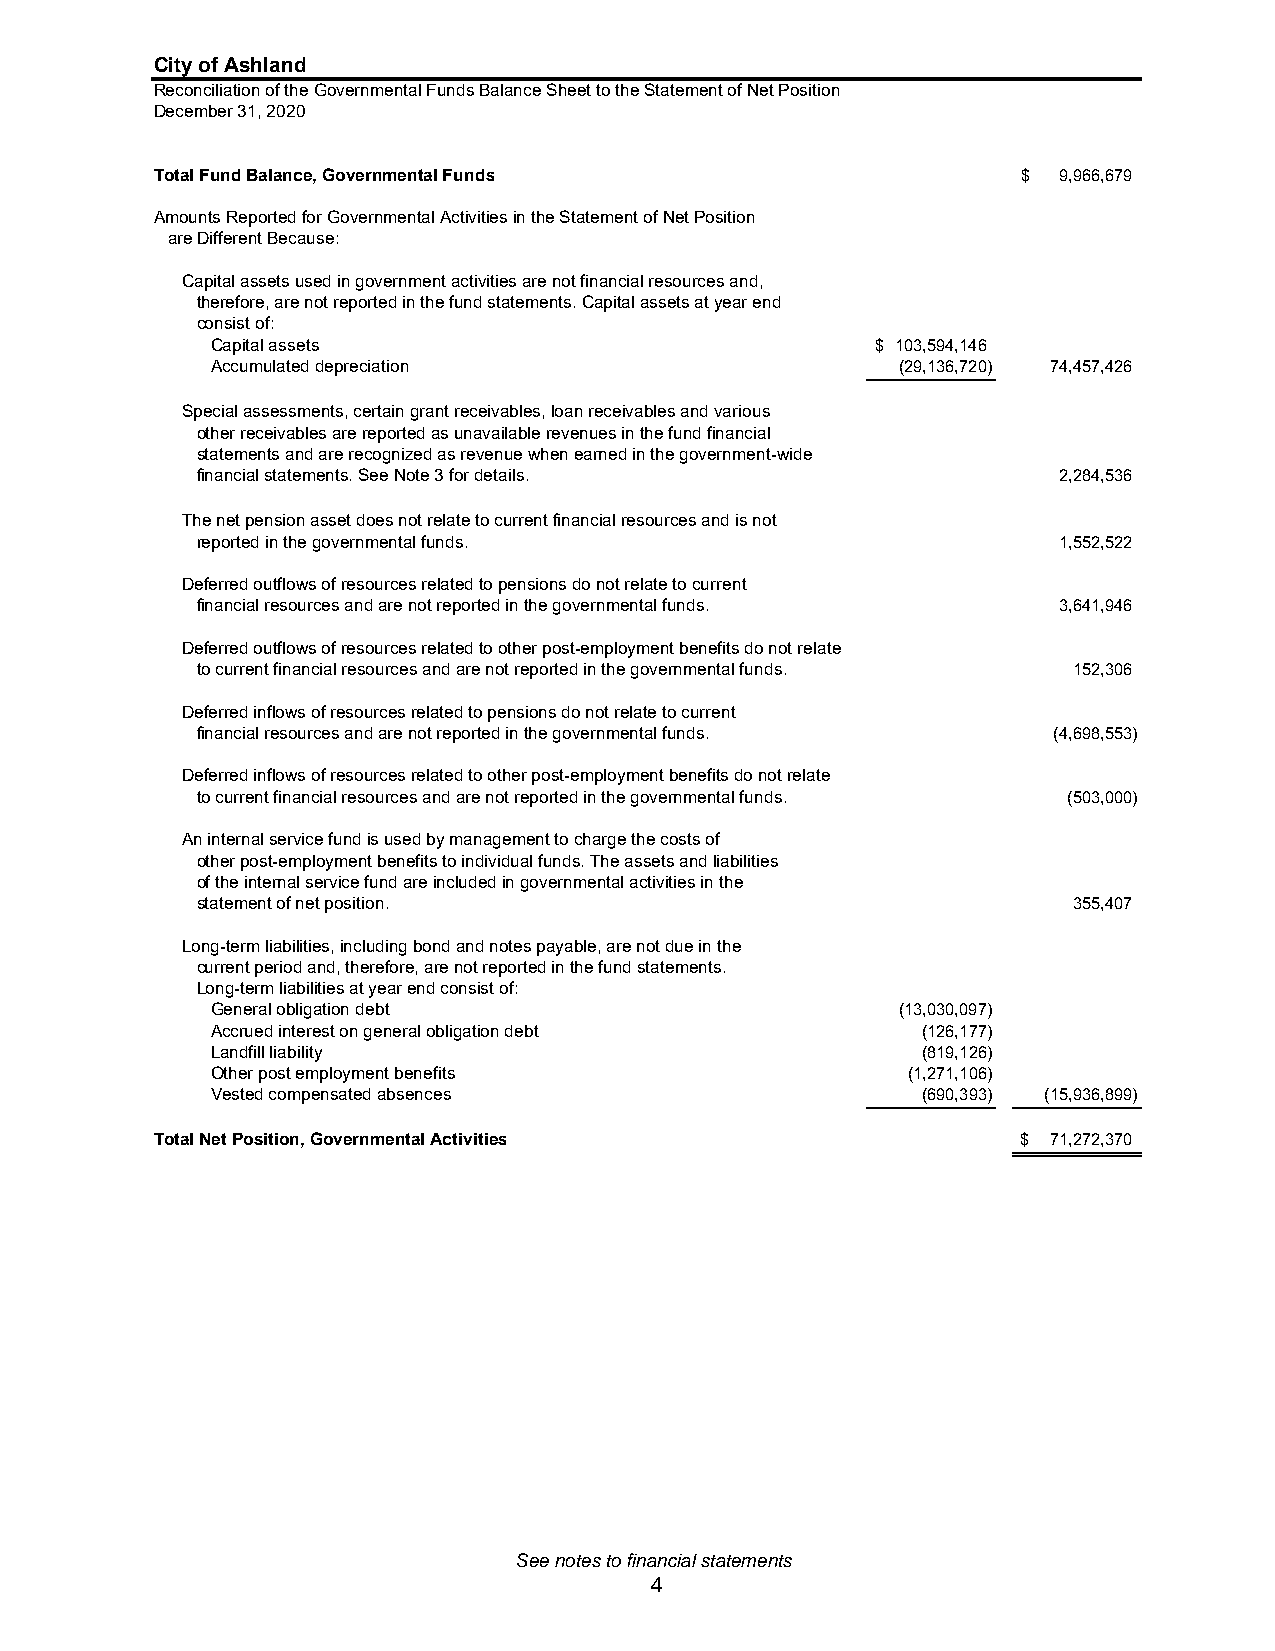
City of Ashland
 Reconciliation of the Governmental Funds Balance Sheet to the Statement of Net Position
 December 31, 2020
 Total Fund Balance, Governmental Funds                    $ 9,966,679
 Amounts Reported for Governmental Activities in the Statement of Net Position
 are Different Because:
 Capital assets used in government activities are not financial resources and,
 therefore, are not reported in the fund statements. Capital assets at year end
 consist of:
 Capital assets                              $ 103,594,146
 Accumulated depreciation                      (29,136,720) 74,457,426
 Special assessments, certain grant receivables, loan receivables and various
 other receivables are reported as unavailable revenues in the fund financial
 statements and are recognized as revenue when earned in the government-wide
 financial statements. See Note 3 for details.            2,284,536
 The net pension asset does not relate to current financial resources and is not
 reported in the governmental funds.                      1,552,522
 Deferred outflows of resources related to pensions do not relate to current
 financial resources and are not reported in the governmental funds. 3,641,946
 Deferred outflows of resources related to other post-employment benefits do not relate
 to current financial resources and are not reported in the governmental funds. 152,306
 Deferred inflows of resources related to pensions do not relate to current
 financial resources and are not reported in the governmental funds. (4,698,553)
 Deferred inflows of resources related to other post-employment benefits do not relate
 to current financial resources and are not reported in the governmental funds. (503,000)
 An internal service fund is used by management to charge the costs of
 other post-employment benefits to individual funds. The assets and liabilities
 of the internal service fund are included in governmental activities in the
 statement of net position.                                355,407
 Long-term liabilities, including bond and notes payable, are not due in the
 current period and, therefore, are not reported in the fund statements.
 Long-term liabilities at year end consist of:
 General obligation debt                       (13,030,097)
 Accrued interest on general obligation debt    (126,177)
 Landfill liability                             (819,126)
 Other post employment benefits                (1,271,106)
 Vested compensated absences                    (690,393) (15,936,899)
 Total Net Position, Governmental Activities               $ 71,272,370
 See notes to financial statements
 4